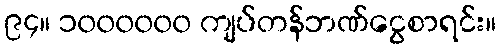
၉၄။ ၁၀၀၀၀၀၀ ကျပ်တန်ဘဏ်ငွေစာရင်း။